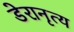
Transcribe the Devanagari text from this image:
डेरानृत्य